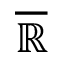
\overline { { \mathbb { R } } }